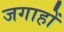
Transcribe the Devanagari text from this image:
जगाहों